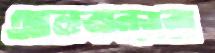
আলবদরেরা